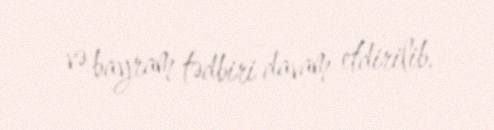
və bayram tədbiri davam etdirilib.